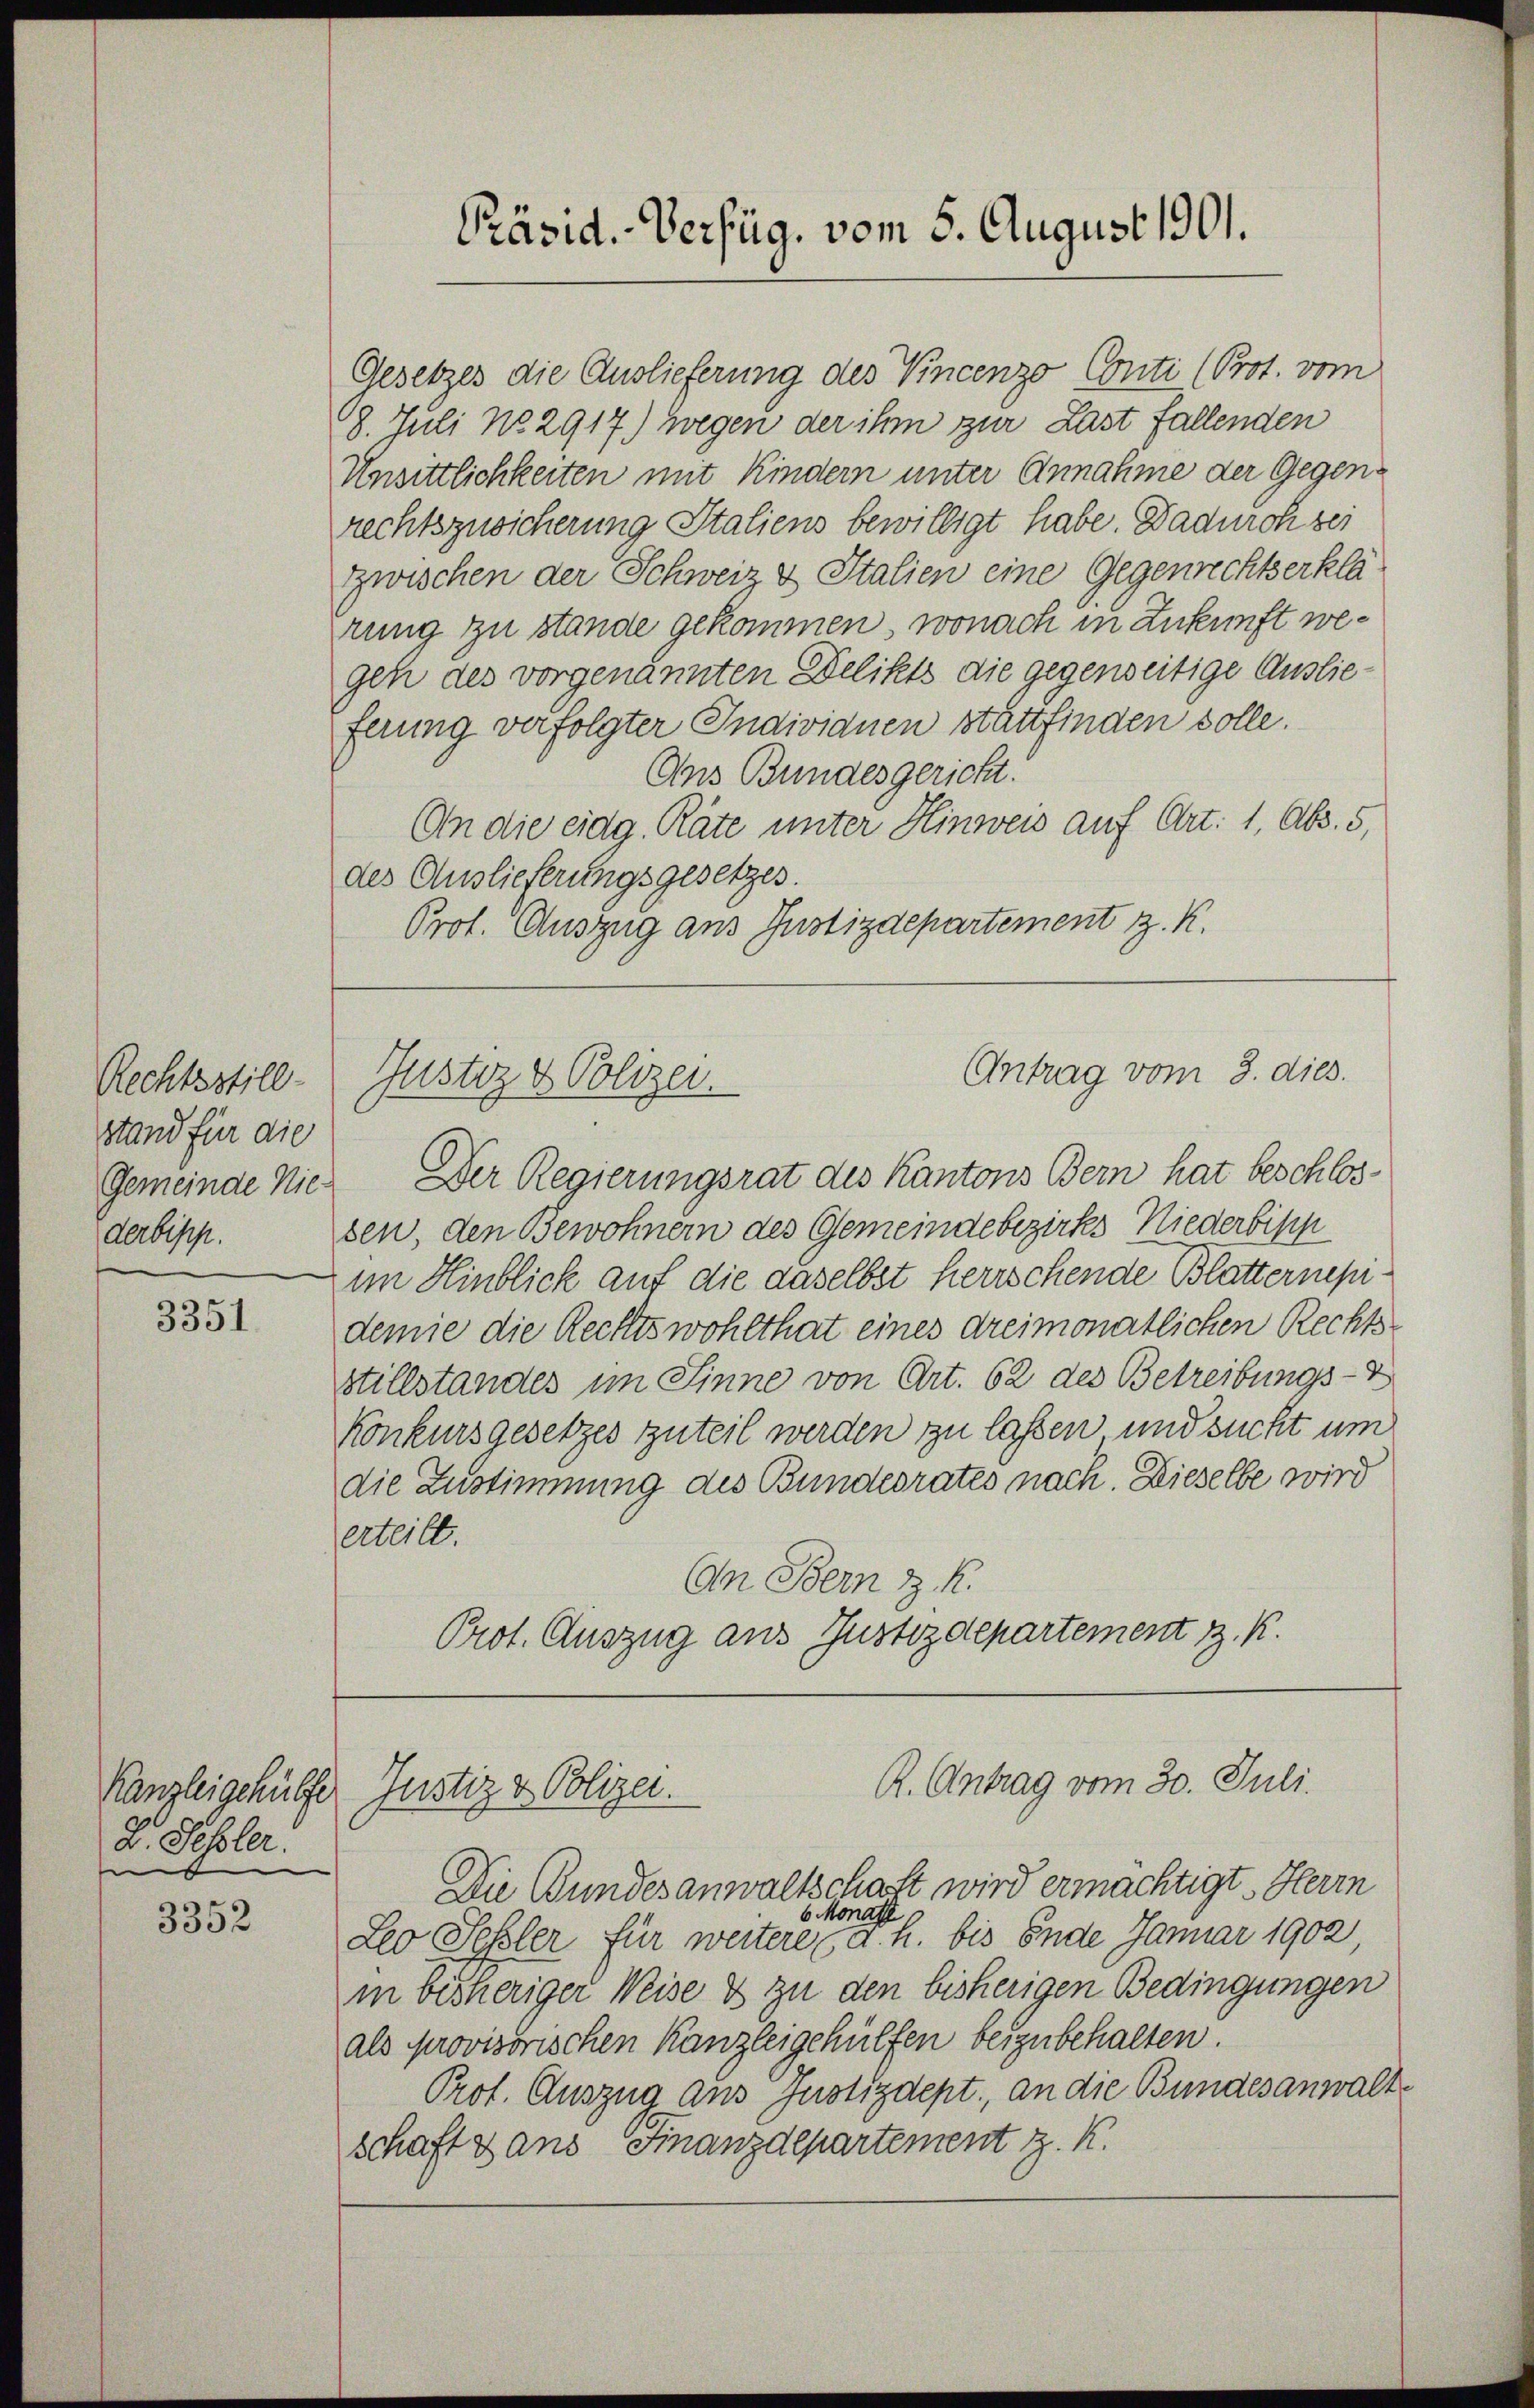
Rechtsstill-
stand für die
derbipp.

3351

Gesetzes die Auslieferung des Vincenzo Conti (Prot. vom
18. Juli No 2917.) wegen der ihm zur Last fallenden
Unsittlichkeiten mit Kindern unter Annahme der Gegenrechtszusicherung Staliens bewilligt habe. Dadurch sei
Zwischen der Schweiz & Italien eine Gegenrechtserklä
rung zu stande gekommen, wonach in Zukunft wegen des vorgenannten Delikts die gegenseitige Auslieferung verfolgter Individuen stattfinden solle.
Ans Bundesgericht.
An die eidg. Räte unter Hinweis auf Art. 1, Abs. 5,
des Auslieferungsgesetzes.
Prot. Auszug aus Justizdepartement z. K.

Kanzleigehülfe
D. Sessler.
e

3352

schaft & ans Finanzdepartement z. K.

Präsid.-Verfüg, vom 8. August 1901.

Antrag vom 3. dies
Justiz & Polizei.

Gemeinde Nie. Der Regierungsrat des Kantons Bern hat beschlossen, den Bewohnern des Gemeindebezirks Niederbish
im Hinblick auf die daselbst herrschende Blatternepidemie die Rechtswohlthat eines dreimonatlichen Rechts-
stillstandes im Sinne von Art. 62 des Betreibungs-V
Konkursgesetzes zuteil werden zu lassen und sucht um
die Zustimmung des Bundesrates nach. Dieselbe wird
erteilt.
An Bern z. R.
Prot. Auszug aus Justizdepartement z. K.

R. Antrag vom 30. Juli.
Justiz & Polizei.

Die Bundesanwaltschaft wird ermächtigt. Herrn
6 Monathe
Leo Sessler für weitere (d. h. bis Ende Januar 1902,
in bisheriger Weise & zu den bisherigen Bedingungen
als provisorischen Kanzleigehülfen beizubehalten.
Prof. Auszug aus Justizdept., an die Bundesanwalt¬